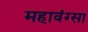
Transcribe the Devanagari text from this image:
महावंग्सा